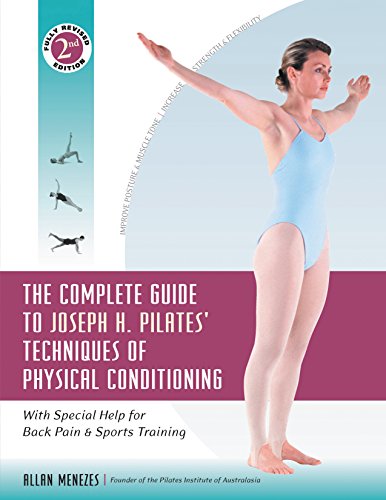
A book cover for The Complete Guide to Joseph H. Pilates' Techniques of Physical Conditioning: With Special Help for Back Pain and Sports Training; Allan Menezes; Health, Fitness & Dieting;